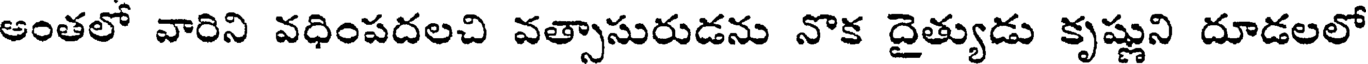
అంతలో వారిని వధింపదలచి వత్సాసురుడను నొక దైత్యుడు కృష్ణుని దూడలలో